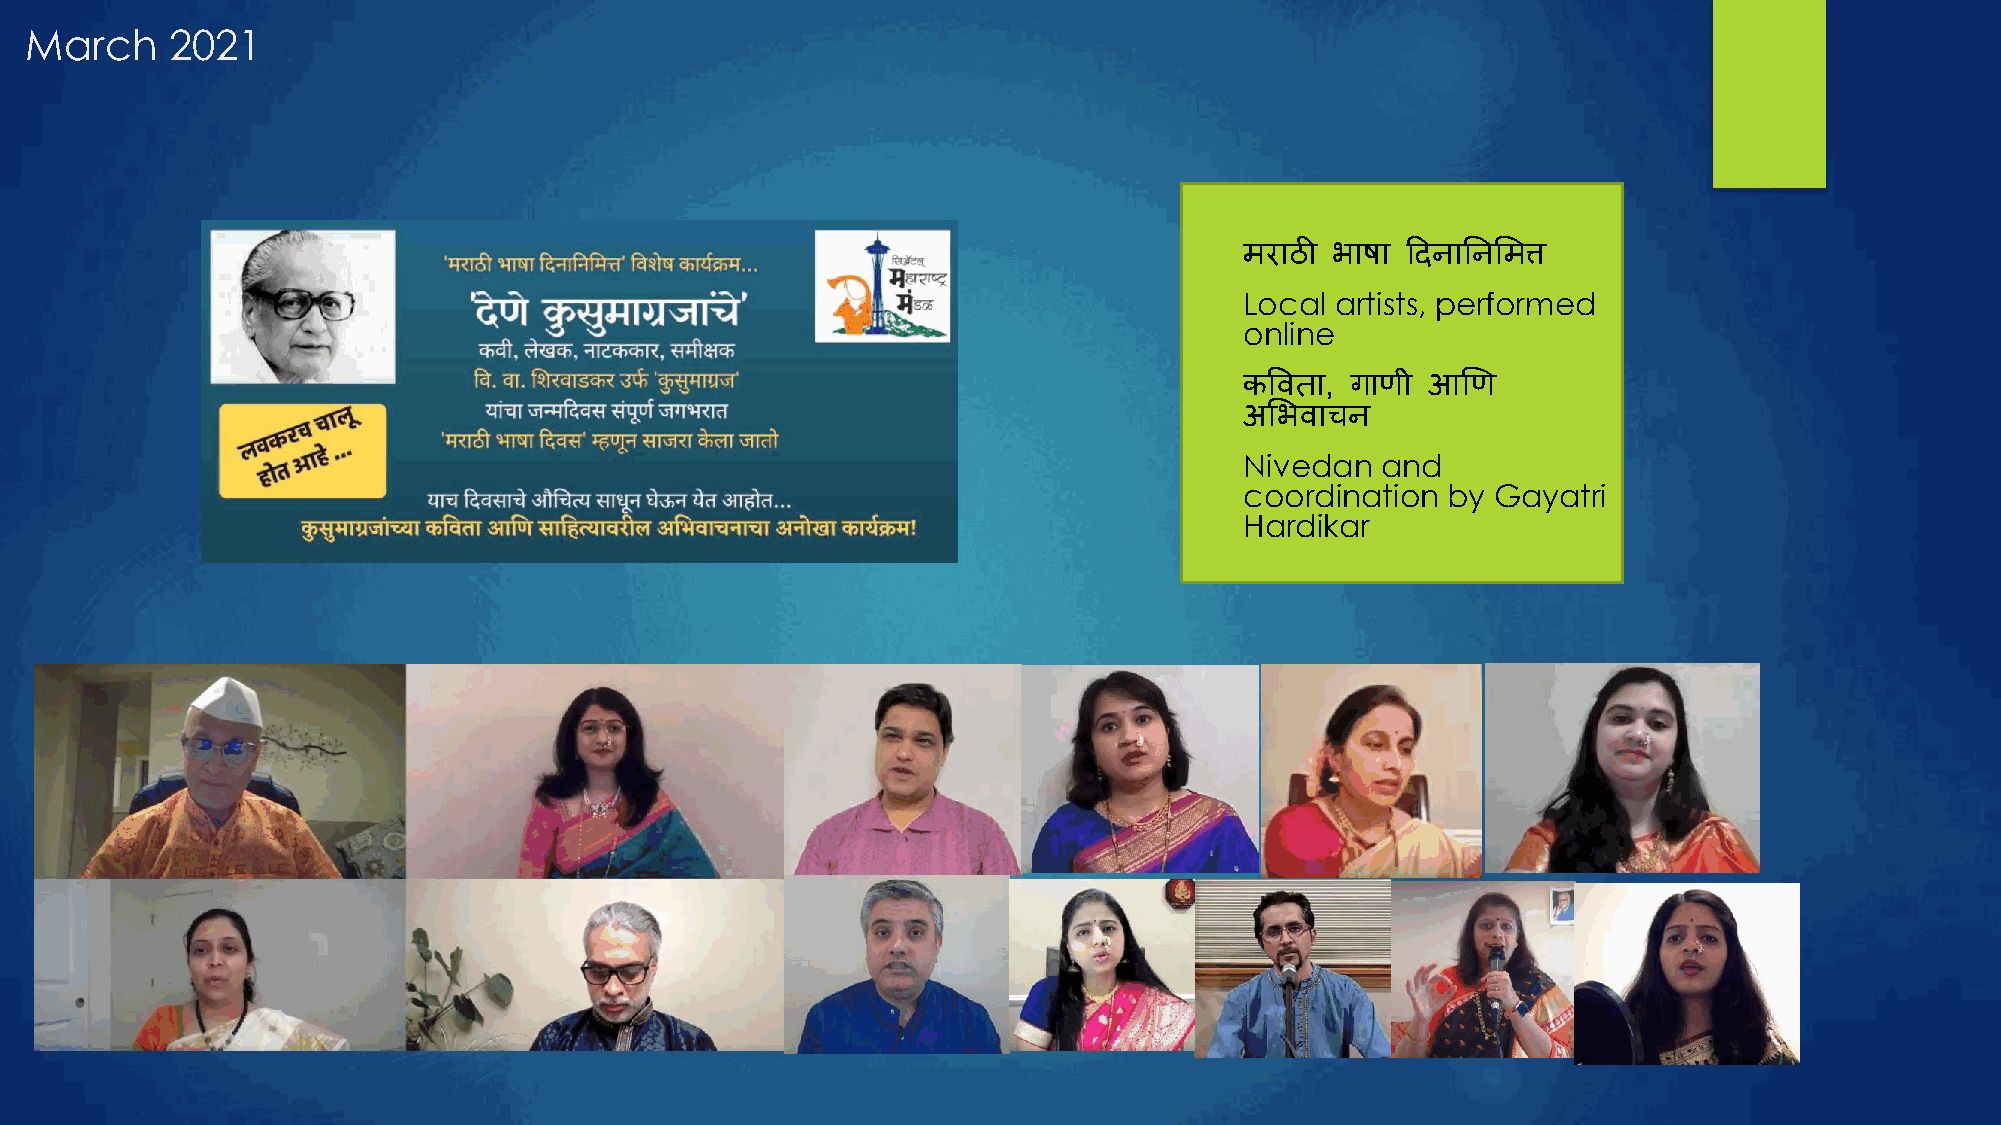
March    2021
   मराठी भाषा ददनाननममत्त
   Local artists, performed
 online
   कविता, गाणी  आणण
 अमभिाचन
   Nivedan  and
 coordination  by Gayatri
 Hardikar